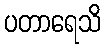
ပတာရေသိ